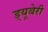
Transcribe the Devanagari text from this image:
ड्यूबेरी